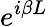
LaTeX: e^{i\beta L}